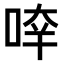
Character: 𠵃